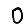
Digit: 0